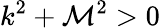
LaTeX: k^{2}+\mathcal{M}^{2}>0